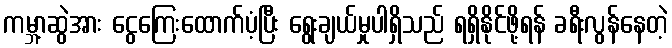
ကမ္ဘာ့ဆွဲအား ငွေကြေးထောက်ပံ့ပြီး ရွေးချယ်မှုပါရှိသည် ရရှိနိုင်ဖို့ရန် ခရီးလွန်နေတဲ့